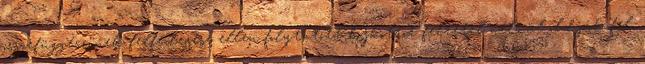
összefüggéseinek felfedezése ellen folytatott bojkottot feltétel nélkül oldják fel.